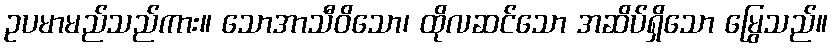
ဥပမာမည်သည်ကား။ သောအာသီဝိသော၊ ထိုလဆင်သော အဆိပ်ရှိသော မြွေသည်။